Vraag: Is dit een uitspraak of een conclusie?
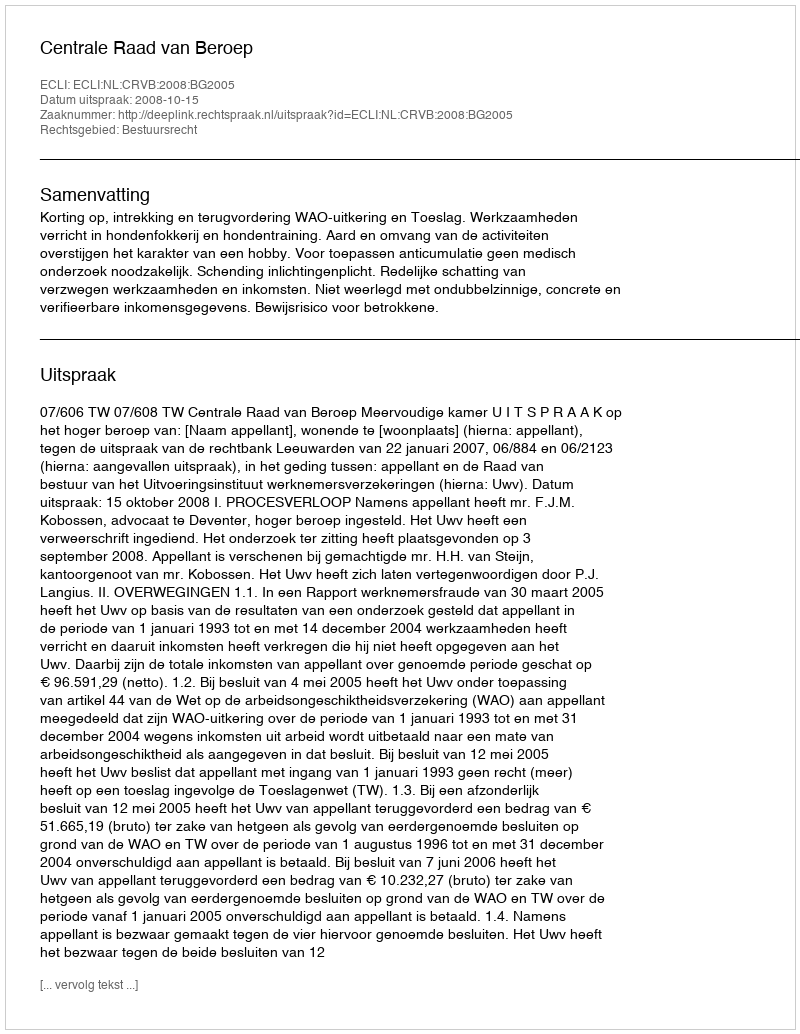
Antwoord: Uitspraak